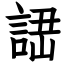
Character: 䛝